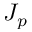
J _ { p }